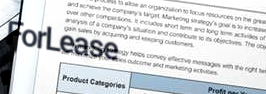
ForLease